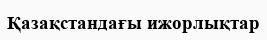
Қазақстандағы ижорлықтар